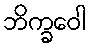
ဘိက္ခဝေါ